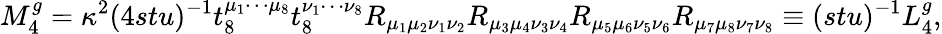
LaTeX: M_{4}^{g}=\kappa^{2}(4stu)^{-1}t_{8}^{\mu_{1}\cdots\mu_{8}}t_{8}^{\nu_{1}\cdots\nu_{8}}R_{\mu_{1}\mu_{2}\nu_{1}\nu_{2}}R_{\mu_{3}\mu_{4}\nu_{3}\nu_{4}}R_{\mu_{5}\mu_{6}\nu_{5}\nu_{6}}R_{\mu_{7}\mu_{8}\nu_{7}\nu_{8}}\equiv(stu)^{-1}L_{4}^{g},